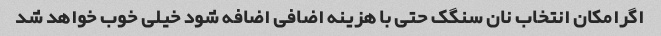
اگرامکان انتخاب نان سنگک حتی با هزینه اضافی اضافه شود خیلی خوب خواهد شد